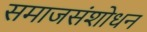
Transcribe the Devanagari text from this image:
समाजसंशोधन